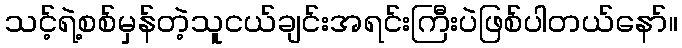
သင့်ရဲ့စစ်မှန်တဲ့သူငယ်ချင်းအရင်းကြီးပဲဖြစ်ပါတယ်နော်။